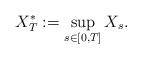
LaTeX: \begin{align*} X_T^\ast :=\sup_{s\in[0,T]} X_s.\end{align*}